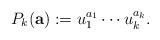
LaTeX: \begin{align*} P_k(\mathbf{a}):=u_1^{a_1}\cdots u_k^{a_k}. \end{align*}